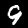
Label: 9